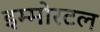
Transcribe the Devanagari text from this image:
इम्मोरटल